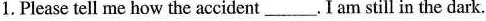
1. Please tell me how the accident___. I am still in the dark.